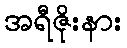
အရီဇိုးနား